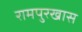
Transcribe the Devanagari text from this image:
रामपुरखास